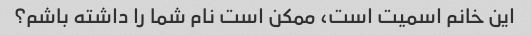
این خانم اسمیت است، ممکن است نام شما را داشته باشم؟